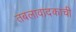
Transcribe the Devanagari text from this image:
तबलावादकाची